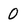
Character: 0